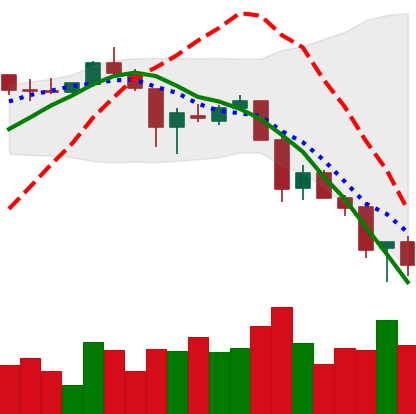
Ticker: XLM-USD
Chart end date: 2018-11-26
Forward return: 14.874%
Label: up_7plus